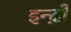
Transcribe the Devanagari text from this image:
इन्द्रों